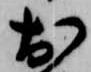
於